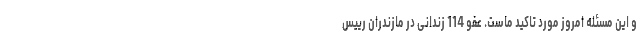
و این مسئله امروز مورد تاکید ماست. عفو 114 زندانی در مازندران رییس